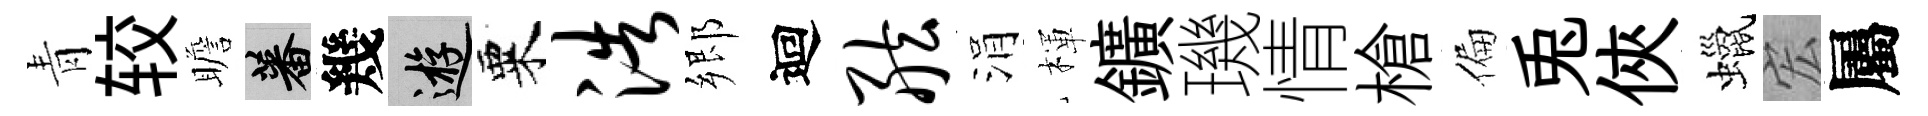
青较瞻蕃幾游粟浩郷迴舷涓楎鑛璣情槍偏兎俠蠟宏屬